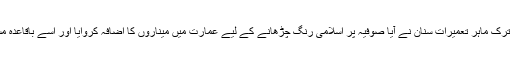
بعدازاں معروف ترک ماہر تعمیرات سنان نے آیا صوفیہ پر اسلامی رنگ چڑھانے کے لیے عمارت میں میناروں کا اضافہ کروایا اور اسے باقاعدہ مسجد میں بدل دیا۔